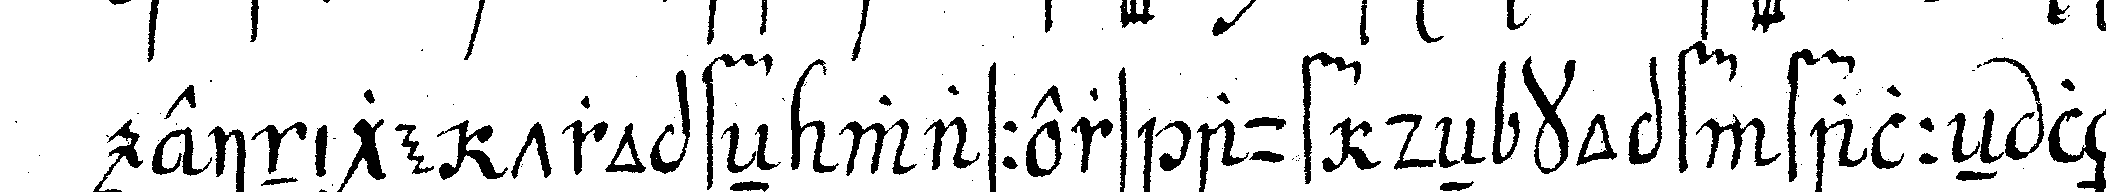
einige tropfeN wassers auf deN kopf falleN lässt